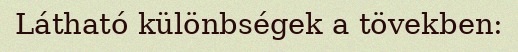
Látható különbségek a tövekben: